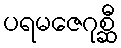
ပရမဇေဂုစ္ဆီ